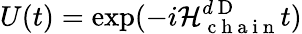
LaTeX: U(t)=\exp(-i\mathcal{H}_{\mathrm{~c~h~a~i~n~}}^{d\mathrm{~D~}}t)